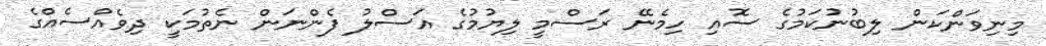
މިނިވަންކަން ލިބުނުކަމުގެ ސޮއި ހިމެނޭ ރަސްމީ ލިޔުމުގެ އަސްލު ފެންނަން ނެތުމަކީ ދިވެއްސެއްގެ